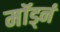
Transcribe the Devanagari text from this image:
मॉर्ड्न